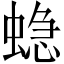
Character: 𮔤